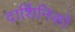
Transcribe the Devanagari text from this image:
दार्शिनिकों